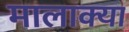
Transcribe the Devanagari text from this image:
मालाक्‍या